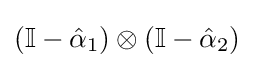
(\mathbb {I} -{\hat {\alpha }}_{1})\otimes (\mathbb {I} -{\hat {\alpha }}_{2})